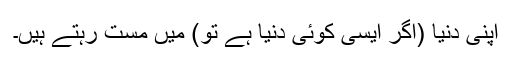
اپنی دنیا (اگر ایسی کوئی دنیا ہے تو) میں مست رہتے ہیں۔